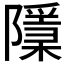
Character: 𨽌